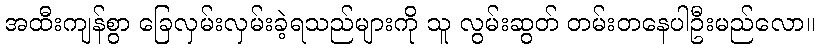
အထီးကျန်စွာ ခြေလှမ်းလှမ်းခဲ့ရသည်များကို သူ လွမ်းဆွတ် တမ်းတနေပါဦးမည်လော။